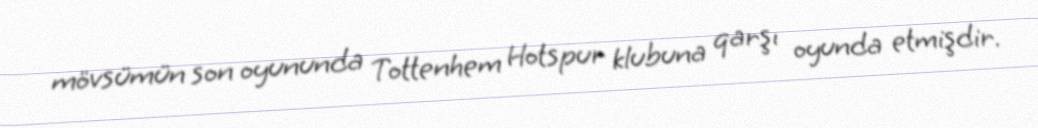
mövsümün son oyununda Tottenhem Hotspur klubuna qarşı oyunda etmişdir.